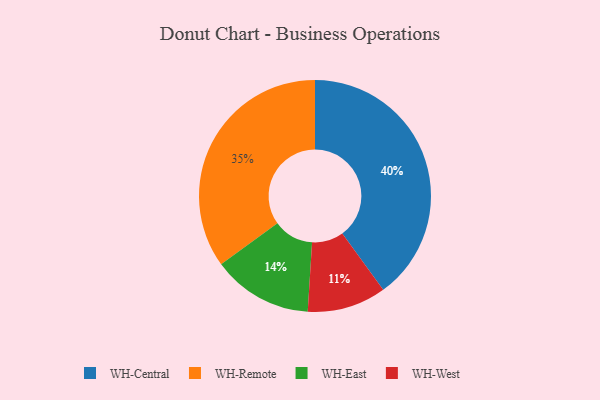
{"axis": {"x": "Category", "y": "Percentage"}, "legend": ["WH-Central", "WH-East", "WH-Remote", "WH-West"], "data": [{"x": "WH-Remote", "y": 35, "type": "WH-Remote"}, {"x": "WH-West", "y": 11, "type": "WH-West"}, {"x": "WH-Central", "y": 40, "type": "WH-Central"}, {"x": "WH-East", "y": 14, "type": "WH-East"}]}